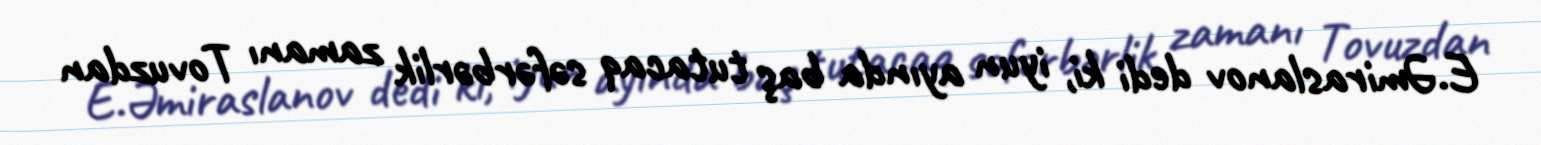
E.Əmiraslanov dedi ki, iyun ayında baş tutacaq səfərbərlik zamanı Tovuzdan